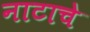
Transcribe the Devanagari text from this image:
नाटाचे